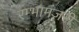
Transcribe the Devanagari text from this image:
रम्भामंजरी